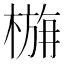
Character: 𭫛